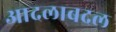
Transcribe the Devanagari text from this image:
आदलाबदल